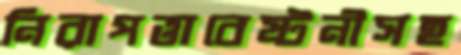
নিরাপত্তাবেষ্টনীসহ